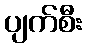
ပျက်စီး